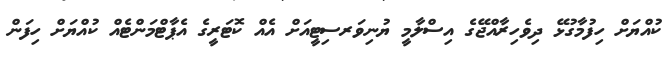
ކުއްޔަށް ހިފުމާގުޅޭ ދިވެހިރާއްޖޭގެ އިސްލާމީ ޔުނިވަރސިޓީއަށް އެއް ކޮޓަރީގެ އެޕާޓްމަންޓެއް ކުއްޔަށް ހިފަން